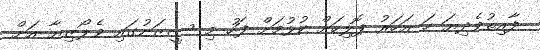
ފާއިތުވެދިޔަ ހަ އަހަރު ޕޮލިހަށް ކުޅުމަށް ފަހު މި ސީޒަނުގައި ވެލޯޒިޔާ އަށް